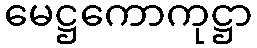
မေဋ္ဌကောကုဋ္ဌာ